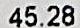
45.28